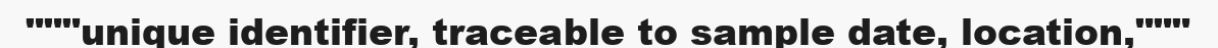
"""unique identifier, traceable to sample date, location,"""